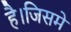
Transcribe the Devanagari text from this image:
है।जिसमे